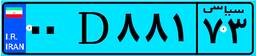
۳۹D۰۷۰۰۳